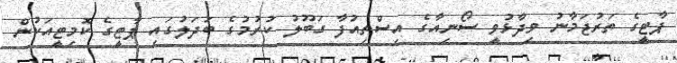
ޕާޓީގެ ތަރުޖަމާނު ވިދާޅުވީ ސޯނިއާގެ އިސްތިއުފާ ގަބޫލު ކުރުމުގެ ބަދަލުގައި ޕާޓީގެ ކޮމިޓީއަކުން